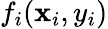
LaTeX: f_{i}(\mathbf{x}_{i},y_{i})